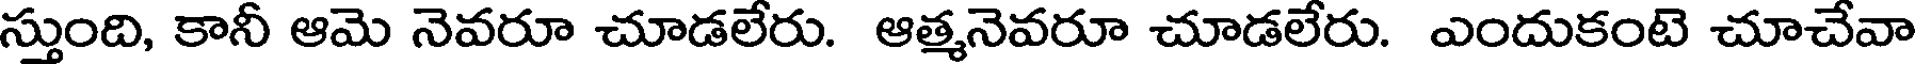
స్తుంది, కానీ ఆమె నెవరూ చూడలేరు. ఆత్మనెవరూ చూడలేరు. ఎందుకంటె చూచేవా